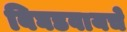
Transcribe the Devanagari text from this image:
बिघडवायचे